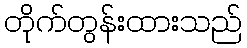
တိုက်တွန်းထားသည်